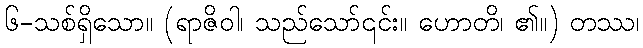
၆-သစ်ရှိသော။ (ရာဇိဝါ၊ သည်သော်၎င်း။ ဟောတိ၊ ၏။) တဿ၊